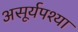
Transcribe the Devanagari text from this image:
असूर्यपश्या